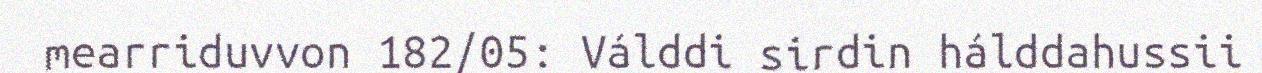
mearriduvvon 182/05: Válddi sirdin hálddahussii